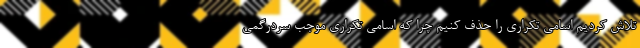
تلاش کردیم اسامی تکراری را حذف کنیم چرا که اسامی تکراری موجب سردرگمی